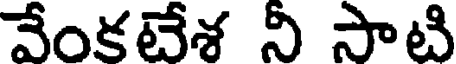
వేంకటేశ నీ సాటి